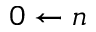
0 \leftarrow n